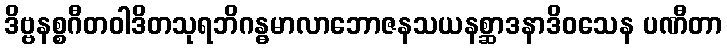
ဒိဗ္ဗနစ္စဂီတဝါဒိတသုရဘိဂန္ဓမာလာဘောဇနသယနစ္ဆာဒနာဒိဝသေန ပဏီတာ